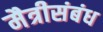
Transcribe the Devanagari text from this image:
मैत्रीसंबंध